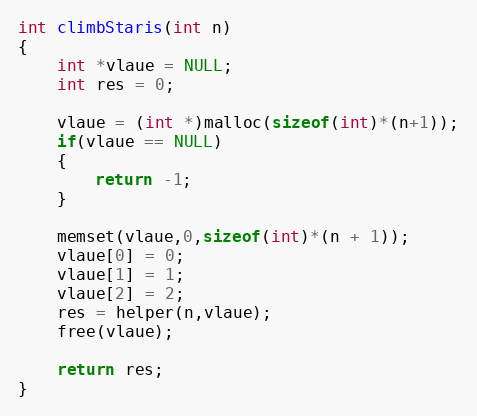
Language: C
int climbStaris(int n)
{
	int *vlaue = NULL;
	int res = 0;

	vlaue = (int *)malloc(sizeof(int)*(n+1));
	if(vlaue == NULL)
	{
		return -1;
	}

	memset(vlaue,0,sizeof(int)*(n + 1));
    vlaue[0] = 0;
	vlaue[1] = 1;
	vlaue[2] = 2;
    res = helper(n,vlaue);
	free(vlaue);

	return res;
}